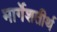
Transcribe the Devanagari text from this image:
मार्गेशतीर्थ